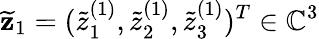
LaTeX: \widetilde{\mathbf z}_{1}=(\widetilde{z}_{1}^{(1)},\widetilde{z}_{2}^{(1)},\widetilde{z}_{3}^{(1)})^{T}\in\mathbb{C}^{3}